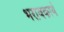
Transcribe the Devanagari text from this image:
भरावकार्य